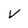
Character: V